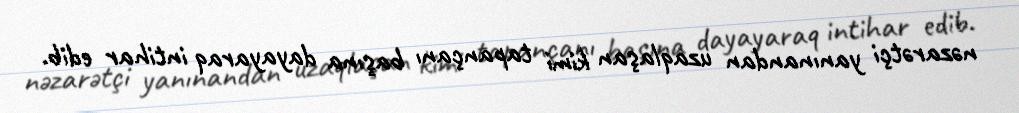
nəzarətçi yanınandan uzaqlaşan kimi tapançanı başına dayayaraq intihar edib.